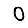
Digit: 0